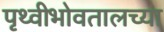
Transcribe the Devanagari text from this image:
पृथ्वीभोवतालच्या